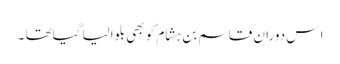
ا س دوران قاسم بن ہشام کو بھی بلوالیا گیاتھا ۔